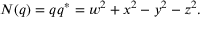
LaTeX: N ( q ) = q q ^ { * } = w ^ { 2 } + x ^ { 2 } - y ^ { 2 } - z ^ { 2 } .